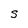
Character: S